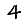
Digit: 4